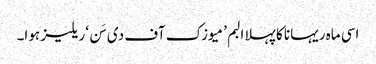
اسی ماہ ریہانا کا پہلا البم ’میوزک آف دی سَن‘ ریلیز ہوا۔